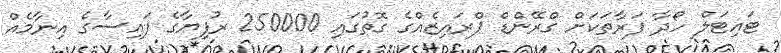
ޓައިޓަލް ހޯދާ ފަރާތަކަށް ގްރޭންޑް ޕްރައިޒެއްގެ ގޮތުގައި 250000 ރުފިޔާގެ ފައިސާގެ އިނާމެއް